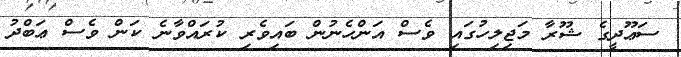
ސަޢޫދީގެ ޝޫރާ މަޖިލިހުގައި ވެސް އަންހެނުން ބައިވެރި ކުރައްވާނެ ކަން ވެސް ޢަބްދު